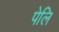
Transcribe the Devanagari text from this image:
पेलि